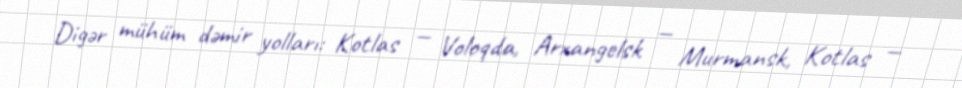
Digər mühüm dəmir yolları: Kotlas — Voloqda, Arxangelsk — Murmansk, Kotlas —